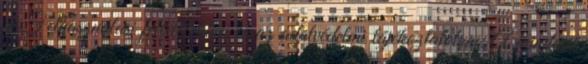
a Felhasználási feltételekben és az adatvédelmi tájékoztatóban. A mindenit